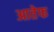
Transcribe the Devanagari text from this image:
आतेफ